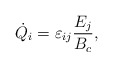
\begin{align*}\dot{Q}_{i}=\varepsilon_{ij}\frac{E_{j}}{B_{c}},\end{align*}